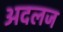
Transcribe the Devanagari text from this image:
अदलज